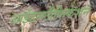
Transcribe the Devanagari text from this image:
आईडनटीफिकेशन